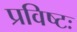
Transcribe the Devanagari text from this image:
प्रविष्टः